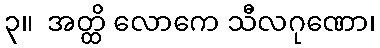
၃။  အတ္ထိ လောကေ သီလဂုဏော၊